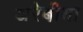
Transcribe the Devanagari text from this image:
अरेबीया